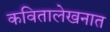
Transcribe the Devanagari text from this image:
कवितालेखनात